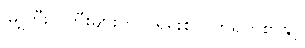
မြို့ကြီးပြကြီးများတွင် ရှမ်းစာ၊ တရုတ်စာနှင့်